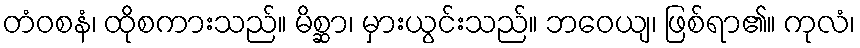
တံဝစနံ၊ ထိုစကားသည်။ မိစ္ဆာ၊ မှားယွင်းသည်။ ဘဝေယျ၊ ဖြစ်ရာ၏။ ကုလံ၊